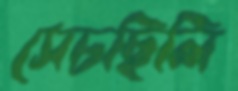
সেচছিলি